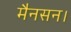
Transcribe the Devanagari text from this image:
मैनसन।